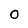
Character: 0